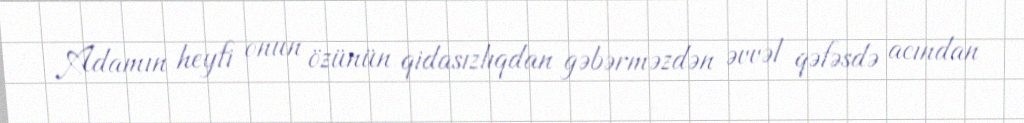
Adamın heyfi onun özünün qidasızlıqdan gəbərməzdən əvvəl qəfəsdə acından